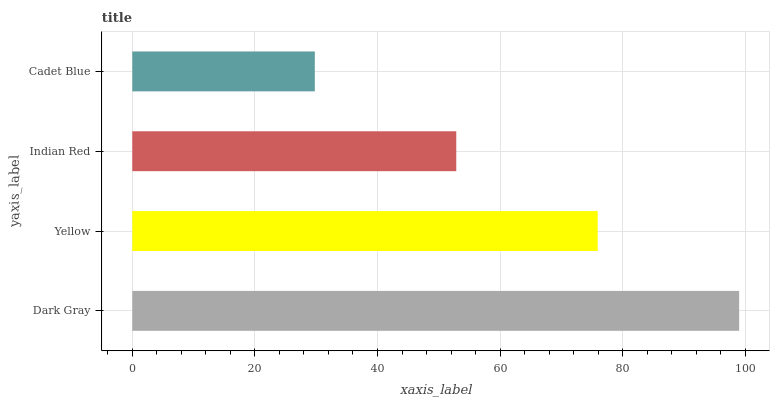
| yaxis_label | bars |
 | --- | --- |
 | Dark Gray | 99 |
 | Yellow | 75.9 |
 | Indian Red | 52.9 |
 | Cadet Blue | 29.8 |